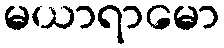
မယာရာမော